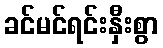
ခင်မင်ရင်းနှီးစွာ